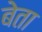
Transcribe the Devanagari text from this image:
बेता